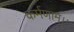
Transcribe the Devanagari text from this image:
कर्मणाम्।।